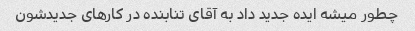
چطور میشه ایده جدید داد به آقای تنابنده در کارهای جدیدشون